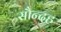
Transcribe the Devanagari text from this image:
सौन्दह